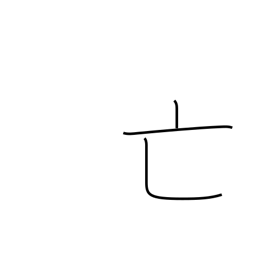
Meaning: dying